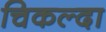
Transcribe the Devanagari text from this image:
चिकल्दा